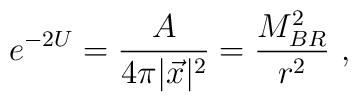
e^{-2U}= {A\over 4\pi |\vec x |^2}=  {M_{BR}^2\over  r^2} \ ,